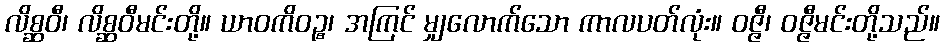
လိစ္ဆဝီ၊ လိစ္ဆဝီမင်းတို့။ ယာဝကိဝဉ္စ၊ အကြင် မျှလောက်သော ကာလပတ်လုံး။ ဝဇ္ဇီ၊ ဝဇ္ဇီမင်းတို့သည်။